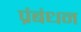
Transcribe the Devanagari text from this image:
प्रंबंधन